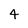
Character: 4